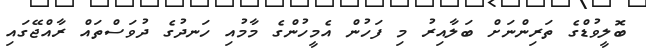
ބޮލީވުޑްގެ ތަރިންނަށް ބަލާއިރު މި ފަހުން އެމީހުންގެ މާމުއި ހަނދުގެ ދުވަސްތައް ރާއްޖޭގައި